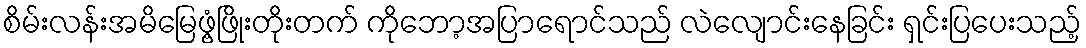
စိမ်းလန်းအမိမြေဖွံ့ဖြိုးတိုးတက် ကိုဘော့အပြာရောင်သည် လဲလျောင်းနေခြင်း ရှင်းပြပေးသည့်